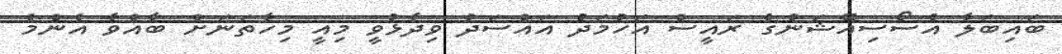
ބައިބަލާ އެސޯސިއޭޝަނުގެ ރައީސް އަހުމަދު އައްސަދު ވިދާޅުވީ މިއީ މިހާތަނަށް ބާއްވާ އެންމެ